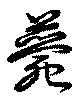
薨